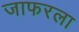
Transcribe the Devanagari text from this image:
जाफरला